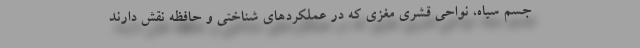
جسم سیاه، نواحی قشری مغزی که در عملکردهای شناختی و حافظه نقش دارند